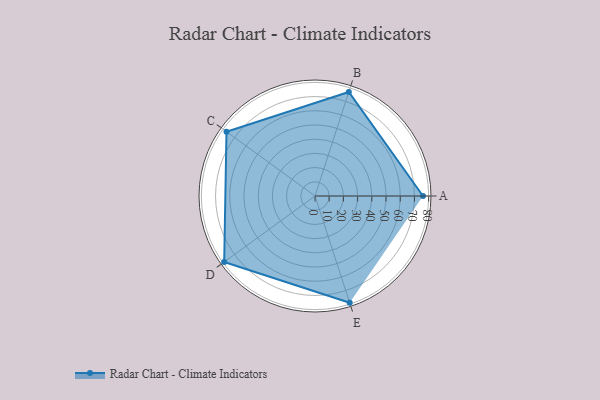
{"axis": {"x": "Skill", "y": "Score"}, "legend": ["Profile"], "data": [{"x": "A", "y": 76.0, "type": "Profile"}, {"x": "B", "y": 77.0, "type": "Profile"}, {"x": "C", "y": 77.0, "type": "Profile"}, {"x": "D", "y": 79.0, "type": "Profile"}, {"x": "E", "y": 79.0, "type": "Profile"}]}